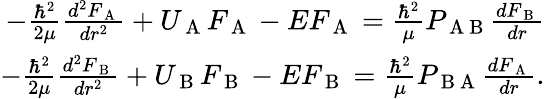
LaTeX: \begin{array}{r}{-\frac{\hbar^{2}}{2\mu}\frac{d^{2}F_{\mathrm{~A~}}}{dr^{2}}+U_{\mathrm{~A~}}F_{\mathrm{~A~}}-EF_{\mathrm{~A~}}=\frac{\hbar^{2}}{\mu}P_{\mathrm{~A~B~}}\frac{dF_{\mathrm{~B~}}}{dr}}\\ {-\frac{\hbar^{2}}{2\mu}\frac{d^{2}F_{\mathrm{~B~}}}{dr^{2}}+U_{\mathrm{~B~}}F_{\mathrm{~B~}}-EF_{\mathrm{~B~}}=\frac{\hbar^{2}}{\mu}P_{\mathrm{~B~A~}}\frac{dF_{\mathrm{~A~}}}{dr}.}\end{array}